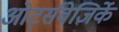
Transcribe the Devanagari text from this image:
ओर्ट्सबेजिर्के